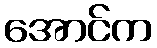
အောင်က